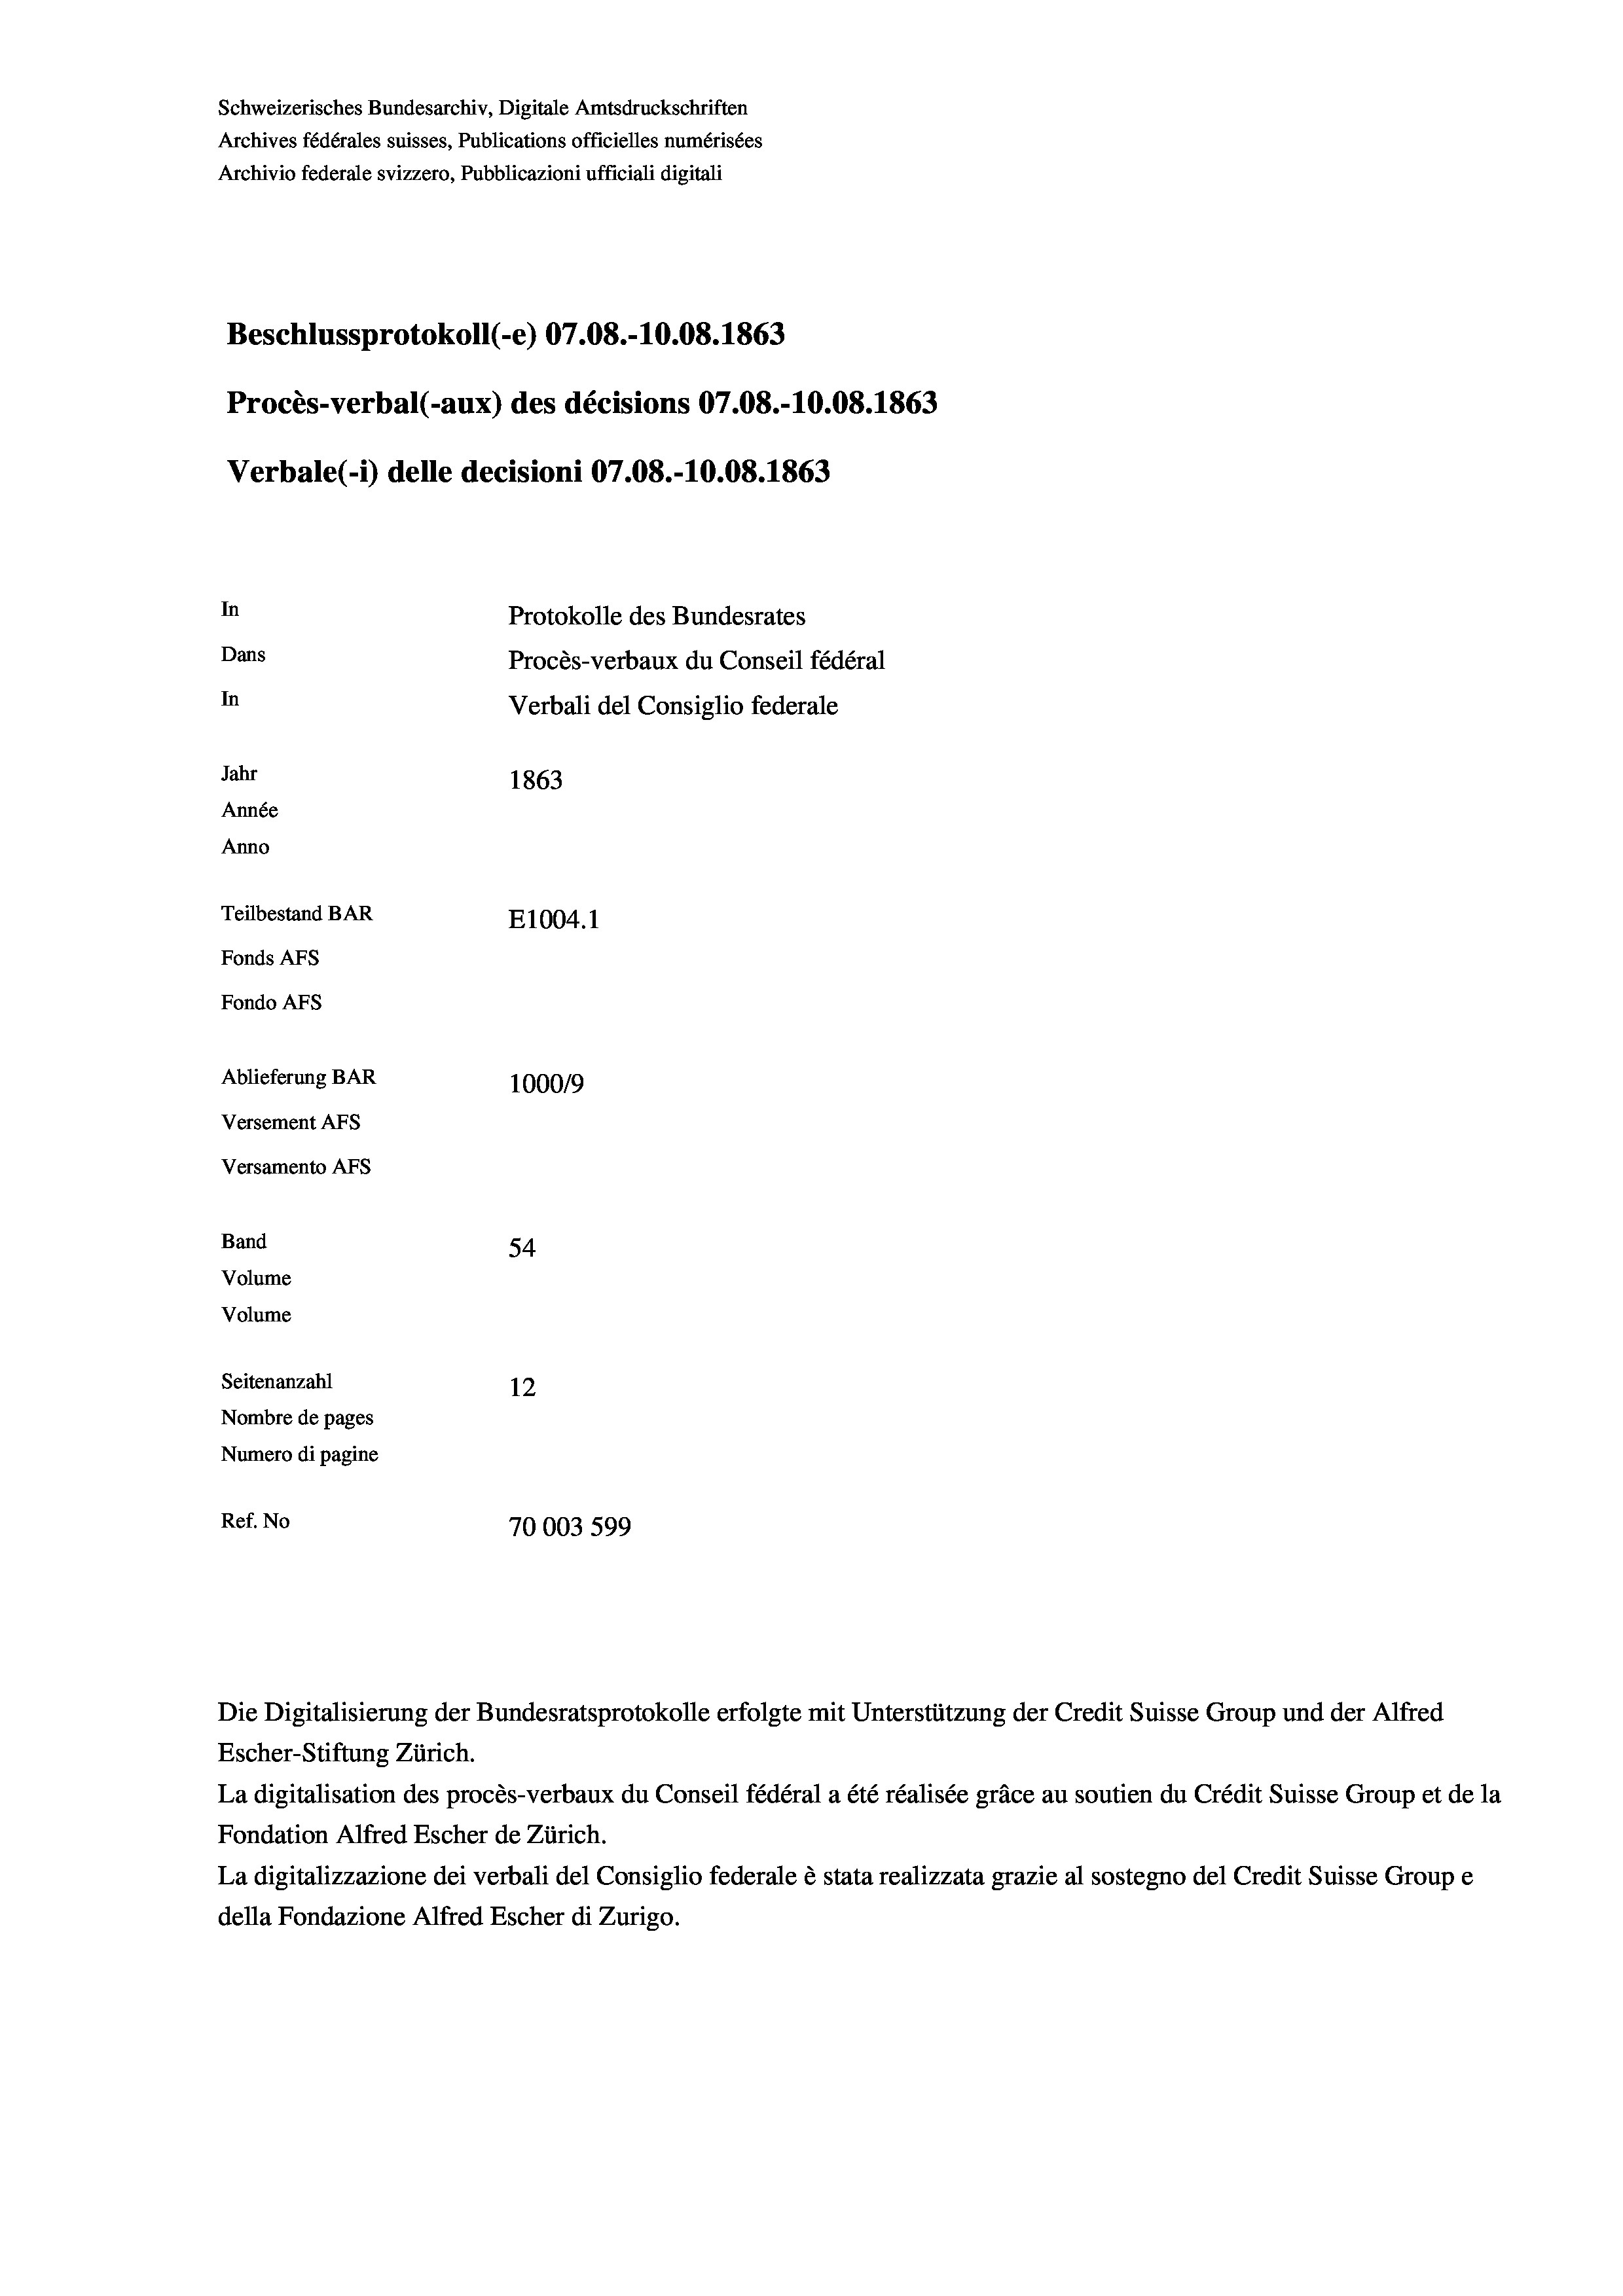
Beschlussprotokoll (-e) 07.08.-10.08. 1863
Procès-verbal (-aux) des décisions 07.08.-10.08. 1863
Verbale (i) delle decisioni 07.08.-10.08. 1863
In
Protokolle des Bundesrates
Dans
Procès-verbaux du Conseil fédéral
In
Verbali del Consiglio federale
Jahr
1863
Année
Anno
Teilbestand BAR
E1004. 1
Fonds AFs
Fondo AFs
Ablieferung BAR
1000/9
Versement AFs
Versamento Afs

Band
Volume
Volume
Seitenanzahl

54
12
Nombre de pages
Numero di pagine
Ref. No
70003 599

Schweizerisches Bundesarchiv, Digitale Amtsdruckschriften
Archives fédérales suisses, Publications officielles numérisées
Archivio federale svizzero, Pubblicazioni ufficiali digitali

Escher-Stiftung Zürich.
La digitalisation des procès-verbaux du Conseil fédéral a été réalisée gräce au soutien du Crédit Suisse Group et de la
Fondation Alfred Escher de Zürich.
La digitalizzazione dei verbali del Consiglio federale è stata realizzata grazie al sostegno del Credit Suisse Groupe
della Fondazione Alfred Escher di Zurigo.

Die Digitalisierung der Bundesratsprotokolle erfolgte mit Unterstützung der Credit Suisse Group und der Alfred